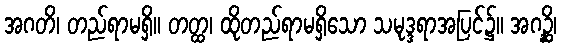
အဂတိ၊ တည်ရာမရှိ။ တတ္ထ၊ ထိုတည်ရာမရှိသော သမုဒ္ဒရာအပြင်၌။ အဂဉ္ဆိ၊